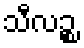
သီလဉ္စ